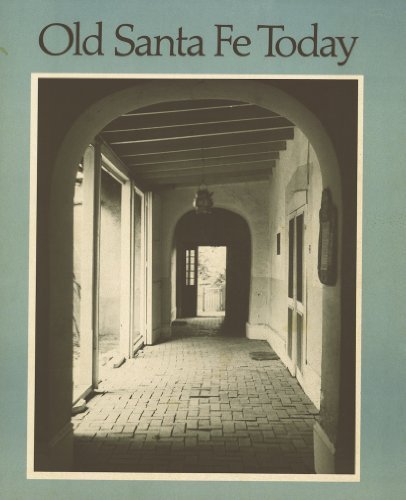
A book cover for Old Santa Fe today; Historic Santa Fe Foundation; Travel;